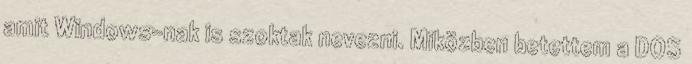
amit Windows-nak is szoktak nevezni. Miközben betettem a DOS